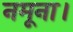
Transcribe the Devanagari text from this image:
नमूना।